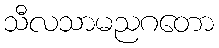
သီလသာမညဂတော